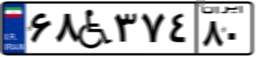
۶۸W۳۷۴۸۰